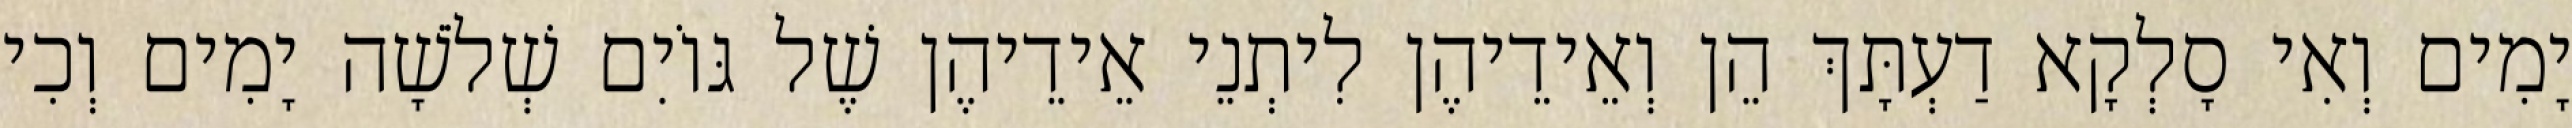
יָמִים וְאִי סָלְקָא דַעְתָּךְ הֵן וְאֵידֵיהֶן לִיתְנֵי אֵידֵיהֶן שֶׁל גּוֹיִם שְׁלֹשָׁה יָמִים וְכִי